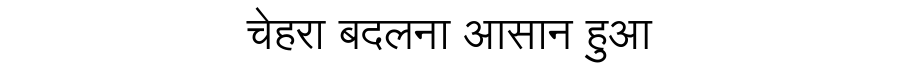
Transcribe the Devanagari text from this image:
चेहरा बदलना आसान हुआ